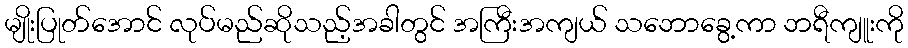
မျိုးပြုတ်အောင် လုပ်မည်ဆိုသည့်အခါတွင် အကြီးအကျယ် သဘောခွေ့ကာ ဘရီကျူးကို